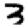
Digit: 3